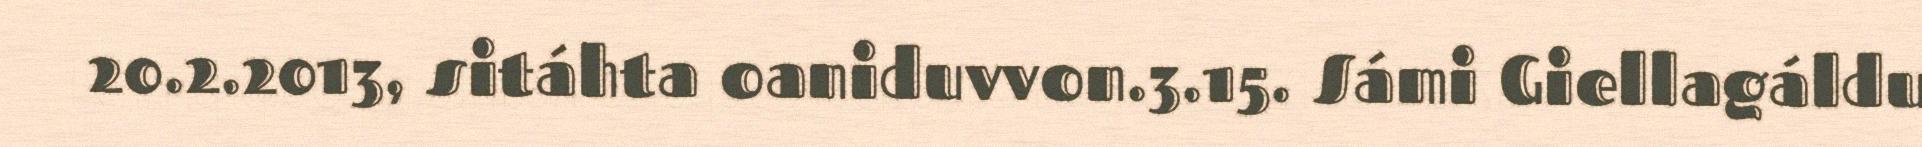
20.2.2013, sitáhta oaniduvvon.3.15. Sámi Giellagáldu